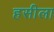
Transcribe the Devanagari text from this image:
हसीला